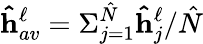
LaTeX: \mathbf{\hat{h}}_{av}^{\ell}=\Sigma_{j=1}^{\hat{N}}\mathbf{\hat{h}}_{j}^{\ell}/\hat{N}